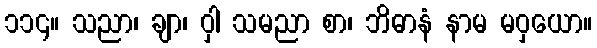
၁၁၄။ သညာ၊ ချာ၊ ဝှါ သမညာ စာ၊ ဘိဓာနံ နာမ မဝှယော။